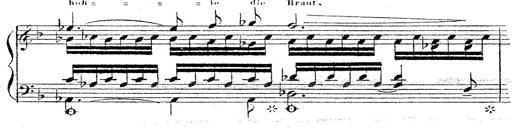
Title: 12 Lieder von Franz Schubert
Composer: Franz Liszt